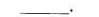
___.